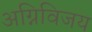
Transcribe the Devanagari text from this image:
अग्निविजय